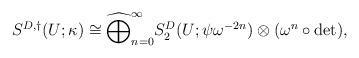
LaTeX: \begin{align*}S^{D, \dagger}(U; \kappa) \cong \widehat\bigoplus_{n=0}^\infty S_2^D(U; \psi \omega^{-2n}) \otimes (\omega^n \circ \det),\end{align*}